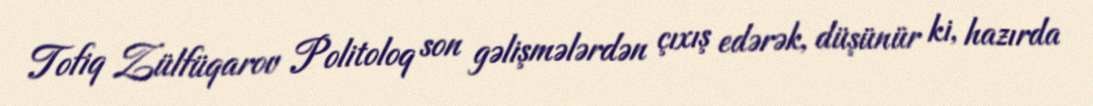
Tofiq Zülfüqarov Politoloq son gəlişmələrdən çıxış edərək, düşünür ki, hazırda